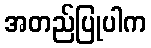
အတည်ပြုပါက